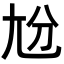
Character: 𡯕